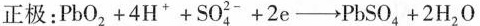
正极：$$P b O _ { 2 }+ 4 H ^ { + } + S O _{4}^{2-}2 + 2 e \rightarrow P b S O _ { 4 } + 2 H _ { 2 } O$$